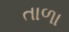
તાળા